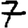
Digit: 7